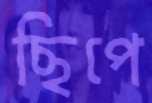
ছিপে